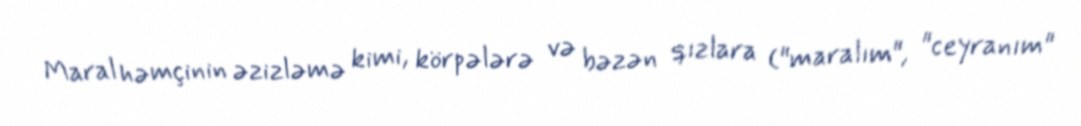
Maral həmçinin əzizləmə kimi, körpələrə və bəzən qızlara ("maralım", "ceyranım"